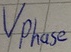
Text: Vphase